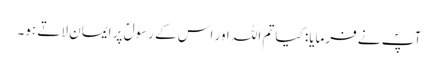
آپؐ نے فرمایا: کیا تم اللہ اور اس کے رسولؐ پر ایمان لاتے ہو۔